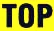
TOP